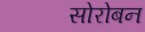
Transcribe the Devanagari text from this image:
सोरोबन